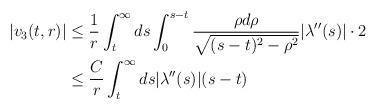
LaTeX: \begin{align*} |v_{3}(t,r)| &\leq \frac{1}{r} \int_{t}^{\infty} ds \int_{0}^{s-t} \frac{\rho d\rho}{\sqrt{(s-t)^{2}-\rho^{2}}} |\lambda''(s)|\cdot 2\\&\leq \frac{C}{r} \int_{t}^{\infty} ds |\lambda''(s)|(s-t)\end{align*}